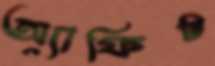
অ্যাফিট